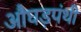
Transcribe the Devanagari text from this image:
औघड़पंथी